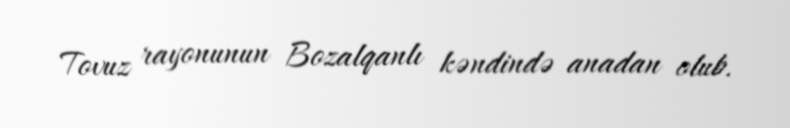
Tovuz rayonunun Bozalqanlı kəndində anadan olub.